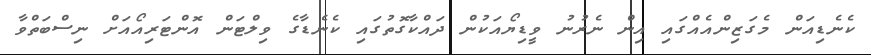
ކެނެޑިއަން މެގަޒިންއެއްގައި އިން ނެރުނު ވީޑިޔޯއަކުން ދައްކާގޮތުގައި ކެނެޑާގެ ވިލްޓަން އޮންޓަރިއޯއަށް ނިސްބަތްވާ